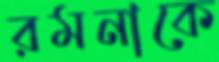
রমনাকে